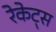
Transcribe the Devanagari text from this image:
रेकेट्स